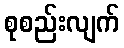
စုစည်းလျက်